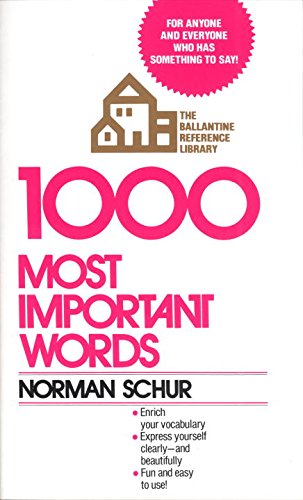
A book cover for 1000 Most Important Words; Norman W. Schur; Reference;